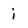
Character: i